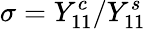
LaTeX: \sigma=Y_{11}^{c}/Y_{11}^{s}